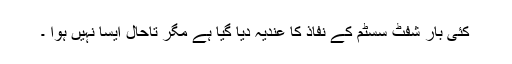
کئی بار شفٹ سسٹم کے نفاذ کا عندیہ دیا گیا ہے مگر تاحال ایسا نہیں ہوا ۔